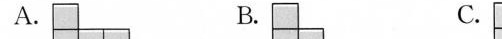
A. B. C. D.